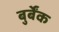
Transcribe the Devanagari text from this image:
बुर्बेंक